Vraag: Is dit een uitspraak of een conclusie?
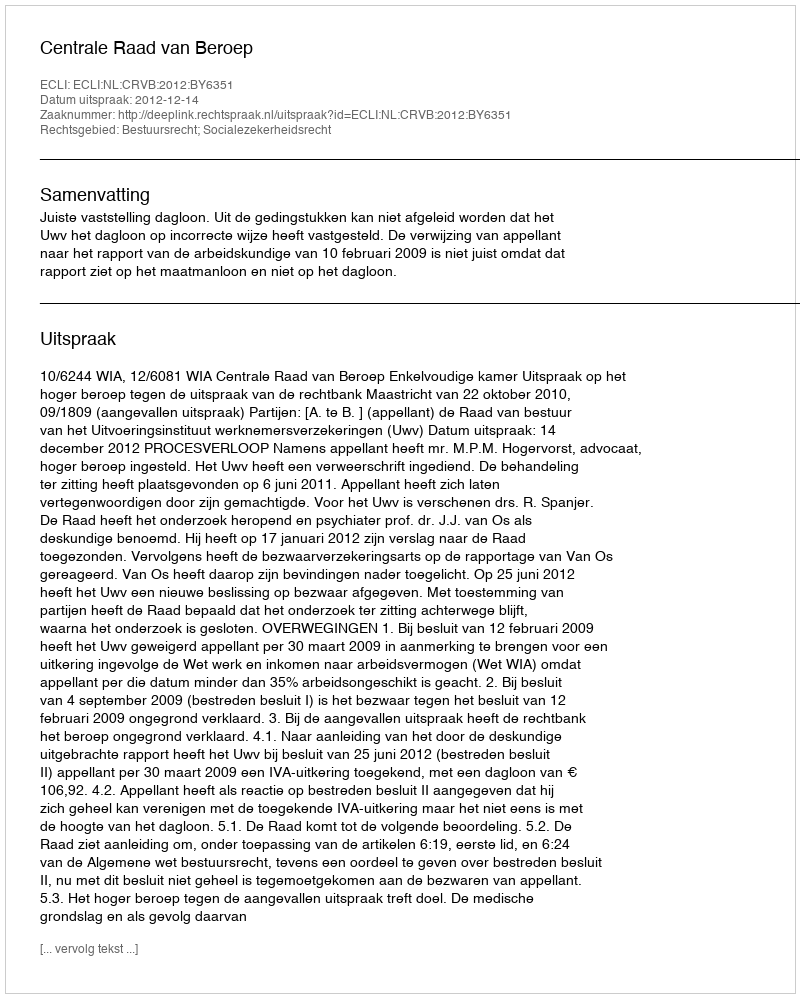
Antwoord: Uitspraak